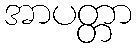
အာပတ္တာ